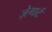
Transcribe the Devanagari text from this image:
ज़ेगार्ट